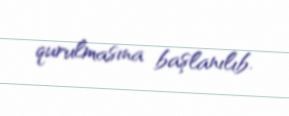
qurulmasına başlanılıb.